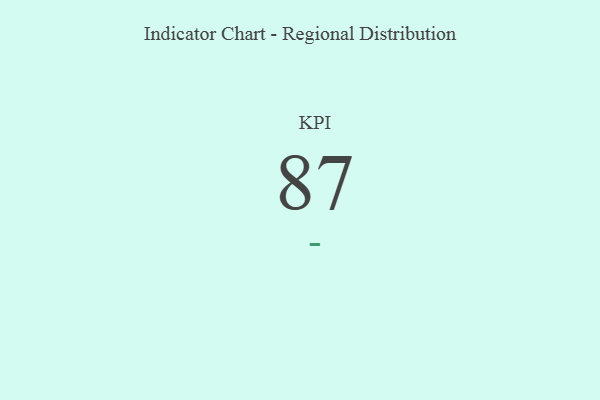
{"axis": {"x": "KPI", "y": "Value"}, "legend": [""], "data": [{"x": "KPI", "y": 87, "type": ""}]}